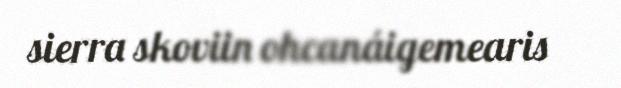
sierra skoviin ohcanáigemearis